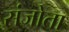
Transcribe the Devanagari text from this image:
संजोता